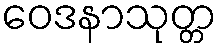
ဝေဒနာသုတ္တ